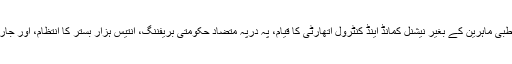
اب تک کی کُل حکومتی کار گزاری کا حاصل، طبی ماہرین کے بغیر نیشنل کمانڈ اینڈ کنٹرول اتھارٹی کا قیام، پہ درپہ متضاد حکومتی بریفننگ، انتیس ہزار بستر کا انتظام، اور جاری و ساری مضحکہ خیز سمارٹ لاک ڈاؤن ہے۔